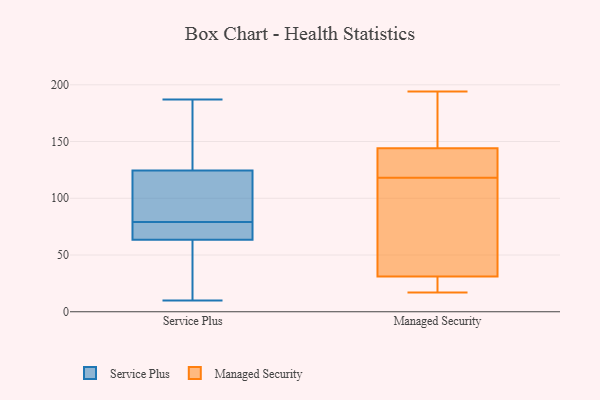
{"axis": {"x": "Customer Acquisition Cost (USD)", "y": "Value"}, "legend": ["Managed Security", "Service Plus"], "data": [{"x": "", "y": 78, "type": "Service Plus"}, {"x": "", "y": 62, "type": "Service Plus"}, {"x": "", "y": 107, "type": "Service Plus"}, {"x": "", "y": 54, "type": "Service Plus"}, {"x": "", "y": 151, "type": "Service Plus"}, {"x": "", "y": 23, "type": "Service Plus"}, {"x": "", "y": 187, "type": "Service Plus"}, {"x": "", "y": 10, "type": "Service Plus"}, {"x": "", "y": 75, "type": "Service Plus"}, {"x": "", "y": 109, "type": "Service Plus"}, {"x": "", "y": 116, "type": "Service Plus"}, {"x": "", "y": 80, "type": "Service Plus"}, {"x": "", "y": 173, "type": "Service Plus"}, {"x": "", "y": 133, "type": "Service Plus"}, {"x": "", "y": 65, "type": "Service Plus"}, {"x": "", "y": 73, "type": "Service Plus"}, {"x": "", "y": 103, "type": "Managed Security"}, {"x": "", "y": 151, "type": "Managed Security"}, {"x": "", "y": 194, "type": "Managed Security"}, {"x": "", "y": 30, "type": "Managed Security"}, {"x": "", "y": 17, "type": "Managed Security"}, {"x": "", "y": 144, "type": "Managed Security"}, {"x": "", "y": 106, "type": "Managed Security"}, {"x": "", "y": 130, "type": "Managed Security"}, {"x": "", "y": 141, "type": "Managed Security"}, {"x": "", "y": 31, "type": "Managed Security"}]}